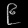
Digit: ၉